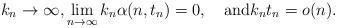
LaTeX: \begin{align*}k_n\to\infty,\lim_{n\to\infty}k_n\alpha(n,t_n)=0,\quad\mbox{and} k_n t_n = o(n).\end{align*}